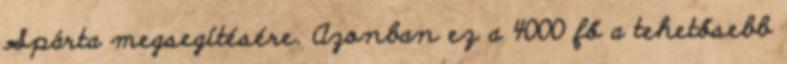
Spárta megsegítésére. Azonban ez a 4000 fő a tehetősebb